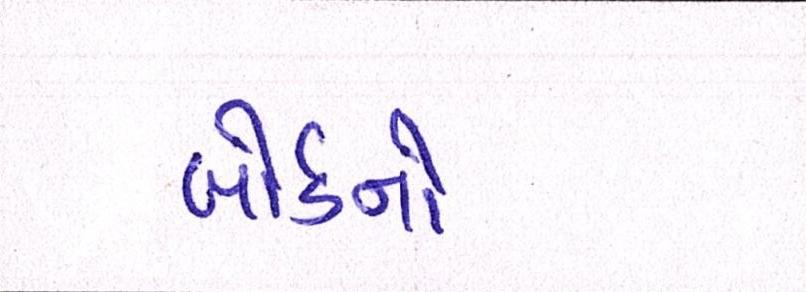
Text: બોર્ડનો